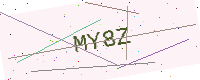
Text: MY8Z